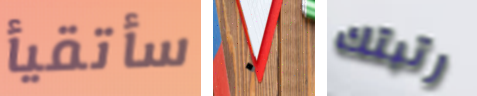
سأتقيأ ٠ رتبتك